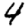
Digit: 4